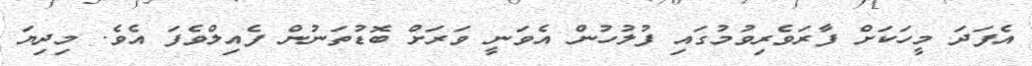
އެފަދަ މީހަކަށް ފާރަވެރިވުމުގައި ފުލުހުން އެވަނީ ވަރަށް ބޮޑުތަނުން ފެއިލްވެފަ އެވެ. މިދިޔަ